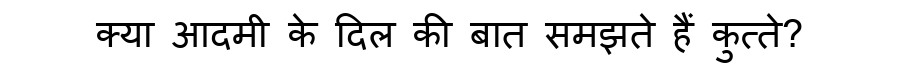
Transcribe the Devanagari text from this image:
क्या आदमी के दिल की बात समझते हैं कुत्ते?